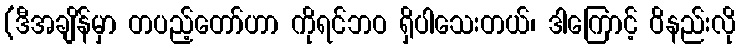
(ဒီအချိန်မှာ တပည့်တော်ဟာ ကိုရင်ဘဝ ရှိပါသေးတယ်၊ ဒါကြောင့် ဝိနည်းလို